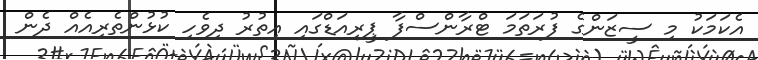
އެކަމަކު މި ސީޒަންގެ ފުރަތަމަ ޓްރާންސްފާ ޕީރިއަޑްގައި އިތުރު ދިވެހި ކުޅުންތެރިއެއް ދެން